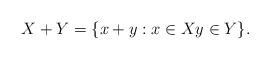
LaTeX: \begin{align*}X+Y = \{x + y: x \in X y \in Y\}.\end{align*}